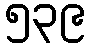
၅၃၉